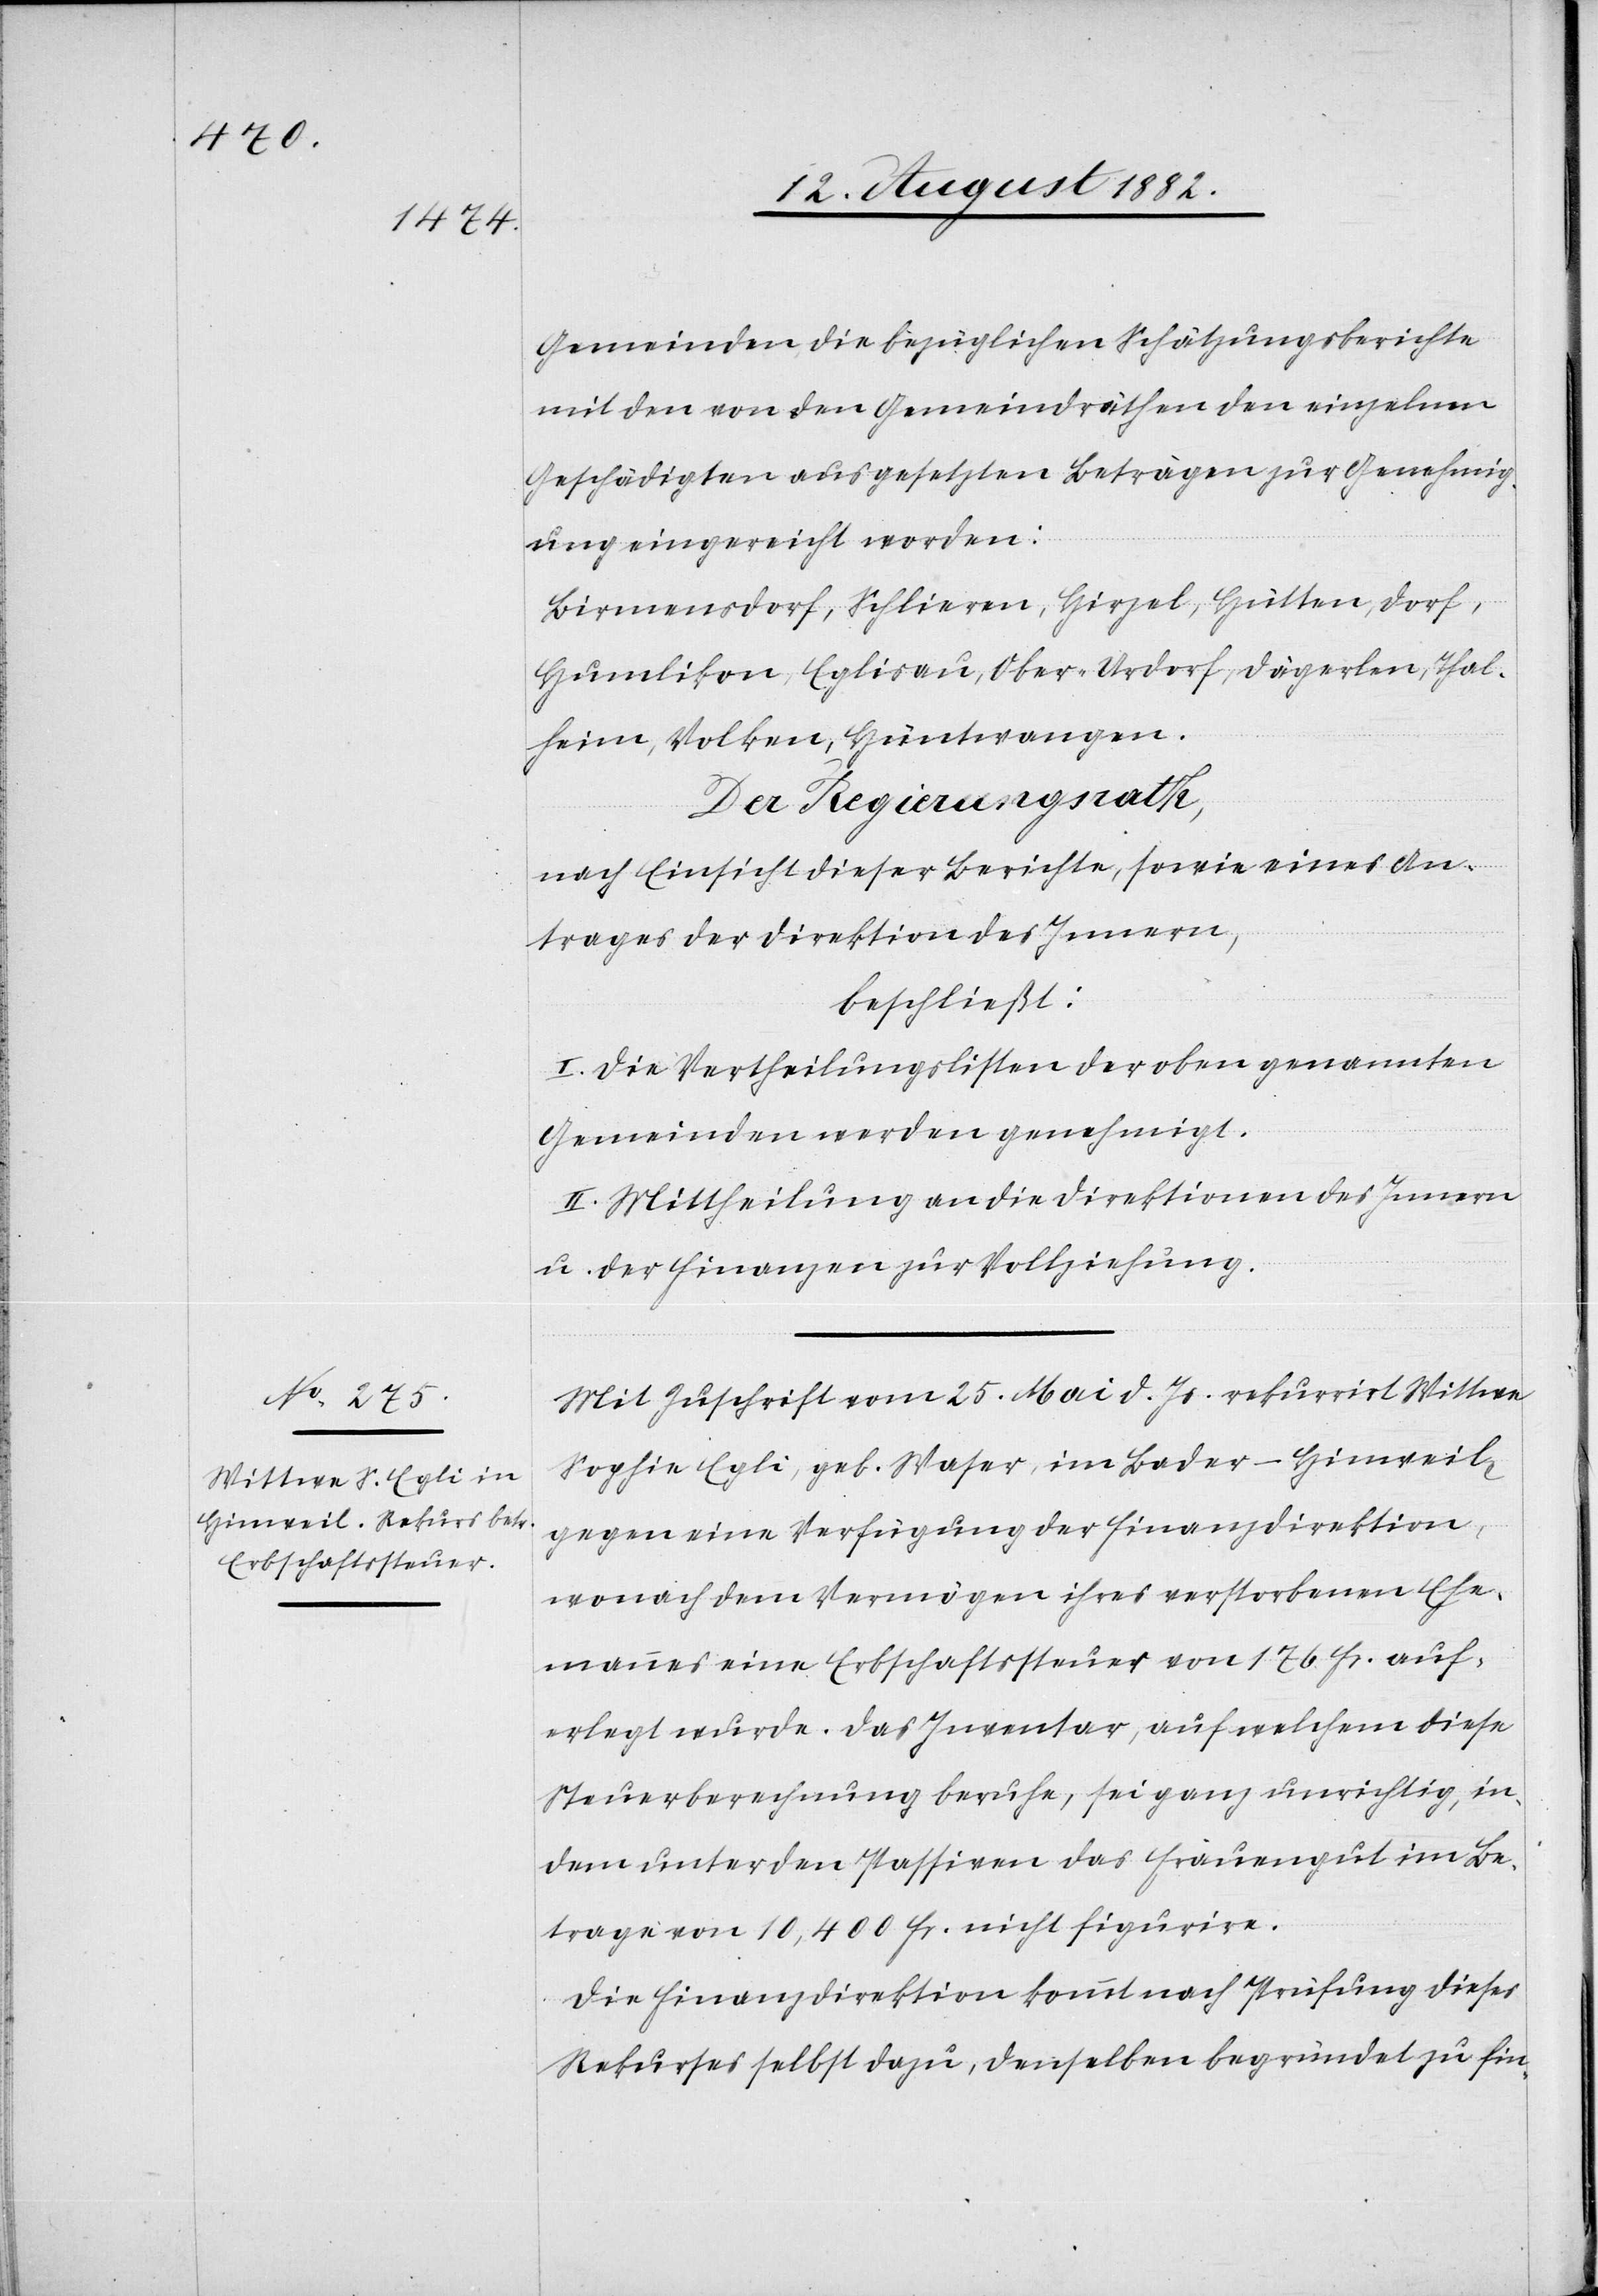
Gemeinden die bezüglichen Schätzungsberichte
mit den von den Gemeindräthen den einzelnen
Geschädigten ausgesetzten Beträgen zur Genehmig¬
ung eingereicht worden:
Birmensdorf, Schlieren, Hirzel, Hütten, Dorf,
Humlikon, Eglisau, Ober-Urdorf, Dägerlen, Thal¬
heim, Volken, Hüntwangen.
Der Regierungsrath,
nach Einsicht dieser Berichte, sowie eines An¬
trages der Direktion des Innern,
beschließt:
I. Die Vertheilungslisten der oben genannten
Gemeinden werden genehmigt.
II. Mittheilung an die Direktionen des Innern
u. der Finanzen zur Vollziehung.
Mit Zuschrift vom 25. Mai d. Js. rekurrirt Wittwe
Sophie Egli, geb. Waser, im Bader-Hinweil
gegen eine Verfügung der Finanzdirektion,
wonach dem Vermögen ihres verstorbenen Ehe¬
mannes eine Erbschaftssteuer von 176 Fr. auf¬
erlegt wurde. Das Inventar, auf welchem diese
Steuerberechnung beruhe, sei ganz unrichtig, in¬
dem unter den Passiven das Frauengut im Be¬
trage von 10,400 Fr. nicht figurire.
Die Finanzdirektion kommt nach Prüfung dieses
Rekurses selbst dazu, denselben begründet zu fin-